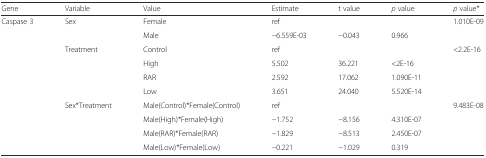
| Gene | Variable | Value | Estimate | t value | p value | p value* |
 | --- | --- | --- | --- | --- | --- | --- |
 | <ROWSPAN=10> Caspase 3 | <ROWSPAN=2> Sex | Female | ref |  |  | 1.010E-09 |
 | Male | −6.559E-03 | −0.043 | 0.966 |  |
 | <ROWSPAN=4> Treatment | Control | ref |  |  | <2.2E-16 |
 | High | 5.502 | 36.221 | <2E-16 |  |
 | RAR | 2.592 | 17.062 | 1.090E-11 |  |
 | Low | 3.651 | 24.040 | 5.520E-14 |  |
 | <ROWSPAN=4> Sex*Treatment | Male(Control)*Female(Control) | ref |  |  | 9.483E-08 |
 | Male(High)*Female(High) | −1.752 | −8.156 | 4.310E-07 |  |
 | Male(RAR)*Female(RAR) | −1.829 | −8.513 | 2.450E-07 |  |
 | Male(Low)*Female(Low) | −0.221 | −1.029 | 0.319 |  |